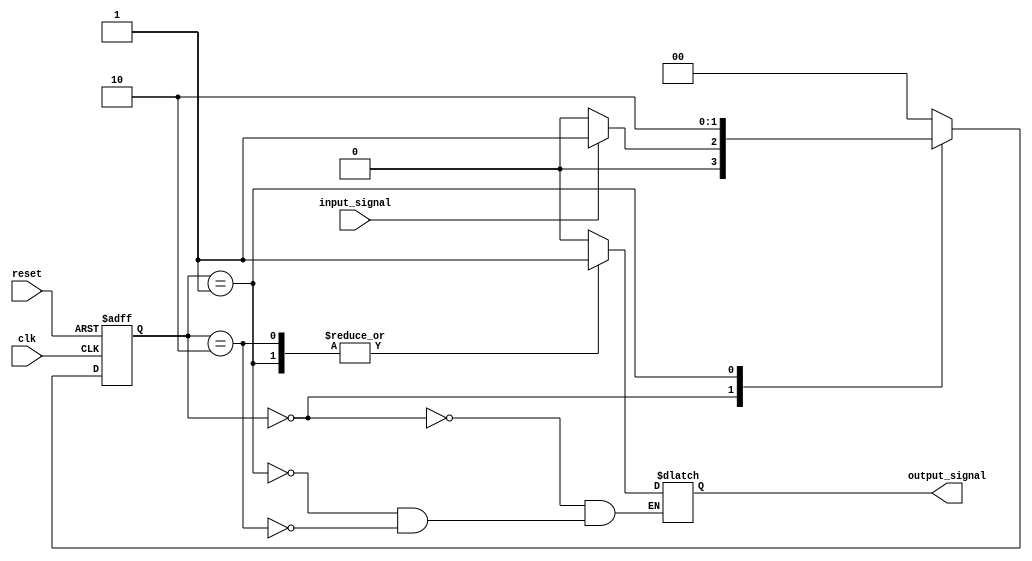
module MealyStateMachine(
    input clk,
    input reset,
    input  input_signal,
    output reg output_signal
);

// State declaration
parameter STATE_0 = 2'b00;
parameter STATE_1 = 2'b01;
parameter STATE_2 = 2'b10;

reg [1:0] current_state, next_state;

// State register
always @(posedge clk or posedge reset)
begin
    if (reset)
        current_state <= STATE_0;
    else
        current_state <= next_state;
end

// State transition and output logic
always @(*)
begin
    case (current_state)
        STATE_0: begin
            if (input_signal)
                next_state = STATE_1;
            else
                next_state = STATE_0;
            output_signal = 0;
        end
        STATE_1: begin
            next_state = STATE_2;
            output_signal = 1;
        end
        STATE_2: begin
            next_state = STATE_0;
            output_signal = 1;
        end
        default: next_state = STATE_0;
    endcase
end

endmodule